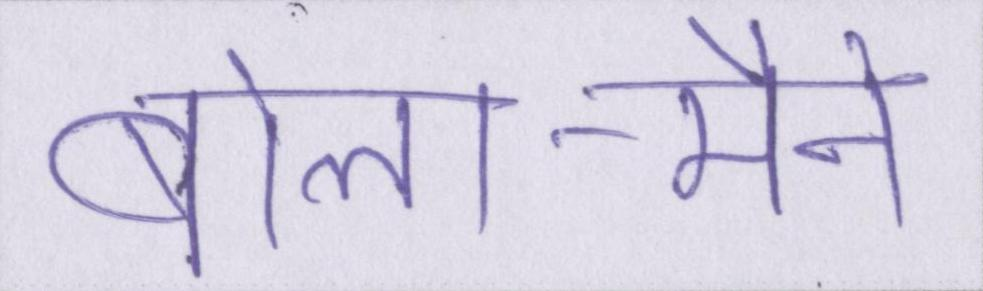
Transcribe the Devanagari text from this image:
बोला-मैँने